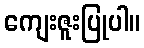
ကျေးဇူးပြုပါ။